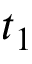
t _ { 1 }